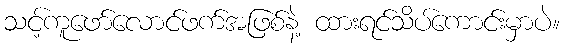
သင့်ကူဖော်လောင်ဖက်အဖြစ်နဲ့ ထားရင်သိပ်ကောင်းမှာပဲ။